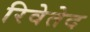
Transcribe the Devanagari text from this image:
रिवेतेद